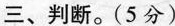
三、判断。(5分)